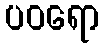
ပဝရော